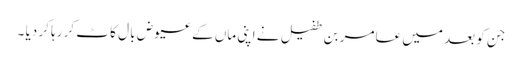
جن کو بعد میں عامر بن طفیل نے اپنی ماں کے عیوض با ل کا ٹ کر رہا کر دیا ۔